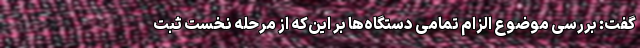
گفت: بررسی موضوع الزام تمامی دستگاه‌ها بر این‌که از مرحله نخست ثبت